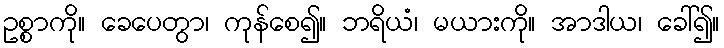
ဥစ္စာကို။ ခေပေတွာ၊ ကုန်စေ၍။ ဘရိယံ၊ မယားကို။ အာဒါယ၊ ခေါ်၍။